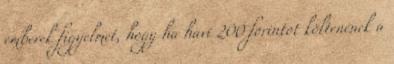
emberek figyelmét, hogy ha havi 200 forintot költenének a